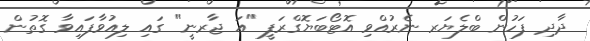
ދާދި ފަހުން ބްލެޔަރ ނެރުއްވި އޮޓޯބަޔޮގްރަފީ "އަ ޖާރނީ" ގައި ލިއުވާފައިވާ ގޮތުން